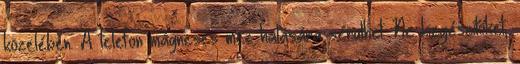
közelében. A telefon mágneses mez hatására sérülhet. Ne kiegészítőket,